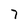
Character: 7